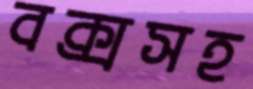
বক্সসহ